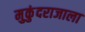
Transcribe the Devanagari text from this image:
मुकुंदराजाला